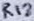
Text: R12